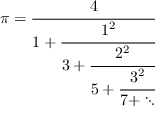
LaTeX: \pi = { \cfrac { 4 } { 1 + { \cfrac { 1 ^ { 2 } } { 3 + { \cfrac { 2 ^ { 2 } } { 5 + { \cfrac { 3 ^ { 2 } } { 7 + \ddots } } } } } } } }